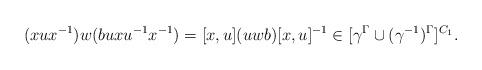
LaTeX: \begin{align*}(x u x ^{-1}) w (b u x u^{-1} x ^{-1}) =[x,u] (uwb) [x,u] ^{-1} \in [\gamma ^ \Gamma \cup (\gamma ^{-1})^\Gamma] ^{C_1}.\end{align*}